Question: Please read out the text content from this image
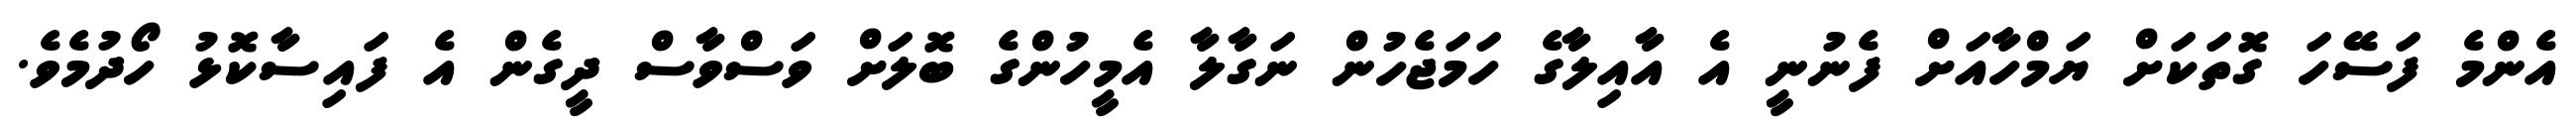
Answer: އެންމެ ފަސޭހަ ގޮތަކަށް ޔަމްހާއަށް ފެނުނީ އެ އާއިލާގެ ހަމަޖެހުން ނަގާލާ އެމީހުންގެ ބޮލަށް ވަސްވާސް ދީގެން އެ ފައިސާކޮޅު ހޯދުމެވެ.